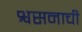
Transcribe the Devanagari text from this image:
श्वसनाची